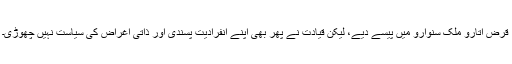
قرض اتارو ملک سنوارو میں پیسے دیے، لیکن قیادت نے پھر بھی اپنے انفرادیت پسندی اور ذاتی اغراض کی سیاست نہیں چھوڑی۔